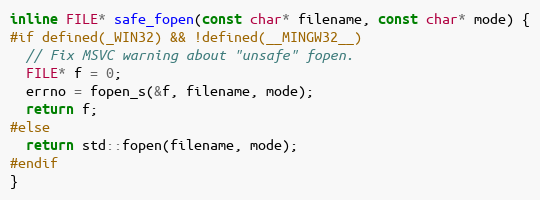
Language: C
inline FILE* safe_fopen(const char* filename, const char* mode) {
#if defined(_WIN32) && !defined(__MINGW32__)
  // Fix MSVC warning about "unsafe" fopen.
  FILE* f = 0;
  errno = fopen_s(&f, filename, mode);
  return f;
#else
  return std::fopen(filename, mode);
#endif
}